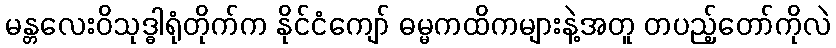
မန္တလေးဝိသုဒ္ဓါရုံတိုက်က နိုင်ငံကျော် ဓမ္မကထိကများနဲ့အတူ တပည့်တော်ကိုလဲ